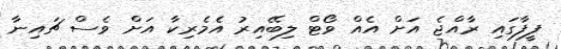
ފީފާގައި ރާއްޖެ އަށް އެއް ވޯޓް ލިބޭއިރު އެމެރިކާ އަށް ވެސް ޗައިނާ